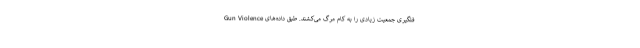
فلگیری جمعیت زیادی را به کام مرگ می‌کشند. طبق داده‌های Gun Violence